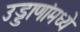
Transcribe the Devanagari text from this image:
उड्डाणांमध्ये